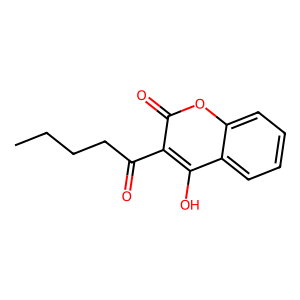
SMILES: CCCCC(=O)c1c(O)c2ccccc2oc1=O
Inhibits HIV replication: No